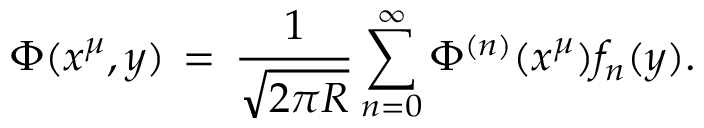
\Phi ( x ^ { \mu } , y ) \, = \, { \frac { 1 } { \sqrt { 2 \pi R } } } \sum _ { n = 0 } ^ { \infty } \Phi ^ { ( n ) } ( x ^ { \mu } ) f _ { n } ( y ) .